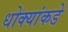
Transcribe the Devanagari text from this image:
धोक्यांकडे